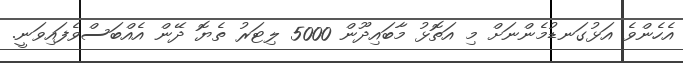
އެހެންވެ އަޅުގަނޑުމެންނަށް މި އަތޮޅު މާބައިދޫން 5000 ލިޓަރު ތެޔޮ ދޭން އެއްބަސްވެފައިވަނީ.